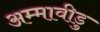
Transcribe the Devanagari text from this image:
अम्मावीडु